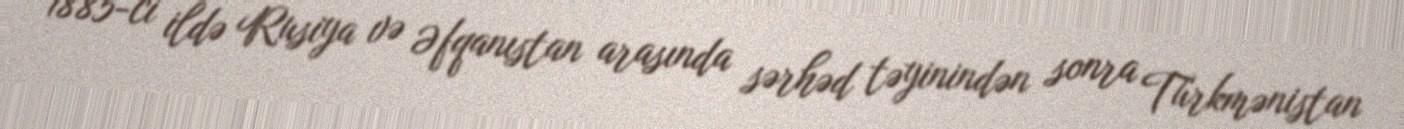
1885-ci ildə Rusiya və Əfqanıstan arasında sərhəd təyinindən sonra Türkmənistan